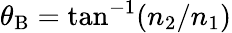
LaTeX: \theta_{\mathrm{B}}=\tan^{-1}(n_{2}/n_{1})